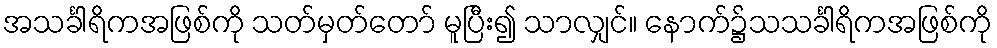
အသင်္ခါရိကအဖြစ်ကို သတ်မှတ်တော် မူပြီး၍ သာလျှင်။ နောက်၌သသင်္ခါရိကအဖြစ်ကို